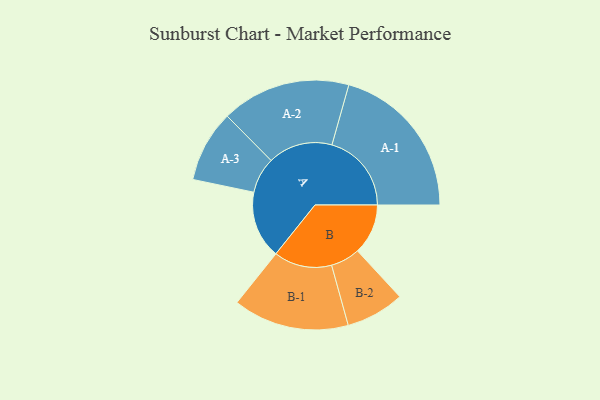
{"axis": {"x": "Segment", "y": "Value"}, "legend": ["", "A", "B"], "data": [{"x": "A", "y": 254, "type": ""}, {"x": "B", "y": 190, "type": ""}, {"x": "A-1", "y": 299, "type": "A"}, {"x": "A-2", "y": 243, "type": "A"}, {"x": "A-3", "y": 135, "type": "A"}, {"x": "B-1", "y": 218, "type": "B"}, {"x": "B-2", "y": 110, "type": "B"}]}